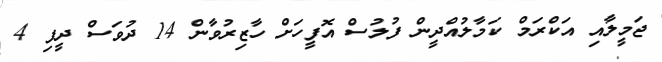
ޖަމީލާއި އަކްރަމް ކަމާލުއްދީން ފުލުސް އޮފީހަށް ހާޒިރުވާން 14 ދުވަސް ދީފި 4